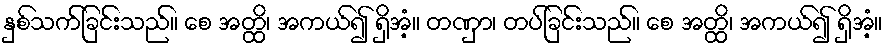
နှစ်သက်ခြင်းသည်။ စေ အတ္ထိ၊ အကယ်၍ ရှိအံ့။ တဏှာ၊ တပ်ခြင်းသည်။ စေ အတ္ထိ၊ အကယ်၍ ရှိအံ့။